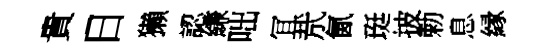
貴日獺認縑咄冝㢤氤珽披勅息縁